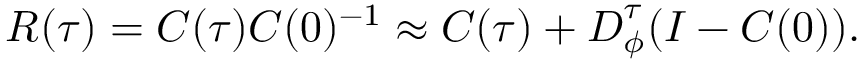
\boldsymbol { R } ( \tau ) = \boldsymbol { C } ( \tau ) \boldsymbol { C } ( 0 ) ^ { - 1 } \approx \boldsymbol { C } ( \tau ) + \boldsymbol { D } _ { \phi } ^ { \tau } ( \boldsymbol { I } - \boldsymbol { C } ( 0 ) ) .